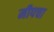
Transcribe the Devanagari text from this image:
मीपचा